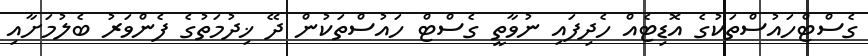
ގެސްޓްހައުސްތަކުގެ އޮޑިޓެއް ހެދިފައި ނުވާތީ ގެސްޓް ހައުސްތަކުން ދޭ ޚިދުމަތުގެ ފެންވަރު ބެލުމަށާއި